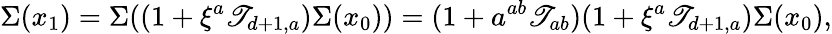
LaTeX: \Sigma(x_{1})=\Sigma((1+\xi^{a}\mathscr{T}_{d+1,a})\Sigma(x_{0}))=(1+a^{ab}\mathscr{T}_{ab})(1+\xi^{a}\mathscr{T}_{d+1,a})\Sigma(x_{0}),